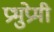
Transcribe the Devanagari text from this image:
प्रभुप्रेमी